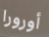
أورورا